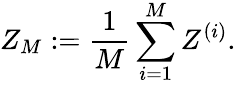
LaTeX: Z_{M}:=\frac{1}{M}\sum_{i=1}^{M}Z^{(i)}.